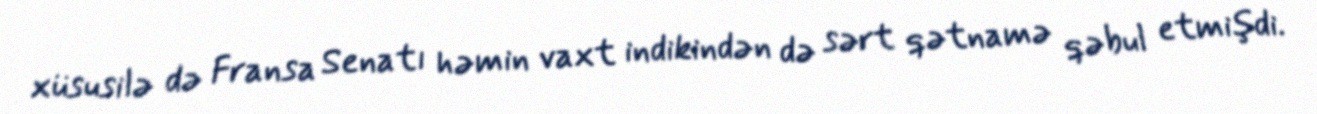
xüsusilə də Fransa Senatı həmin vaxt indikindən də sərt qətnamə qəbul etmişdi.